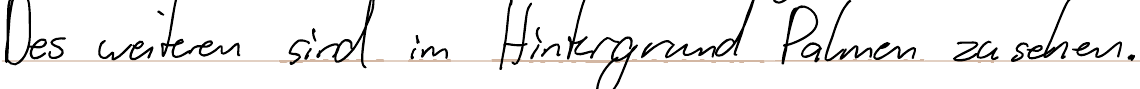
Des weiteren sind im Hintergrund Palmen zu sehen.